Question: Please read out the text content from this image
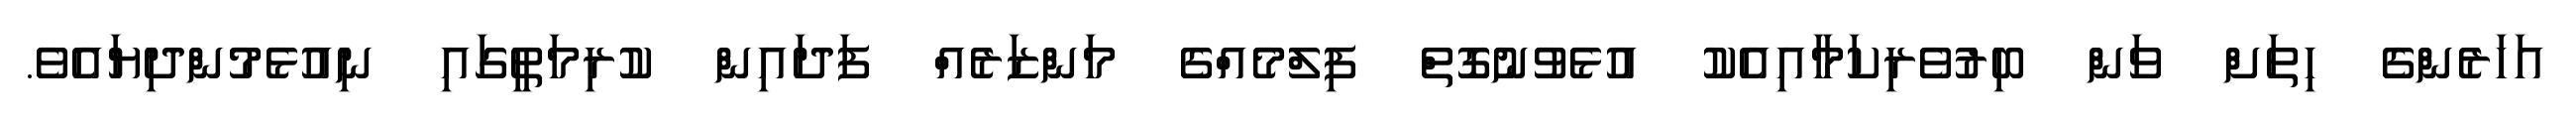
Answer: އަހަރެންގެ ހިތަށް ވަން ބިރުވެރިކަމާއިއެކު އުޅެވުނުގޮތް ފިލްމެއްގެ މަންޒަރެއް ފަދައިން ކުރިމަތީގައި ނިއުޅެމުންދިޔައެވެ.